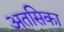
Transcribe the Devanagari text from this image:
अतसिका